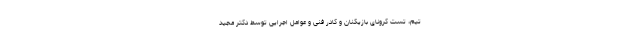
تیم، تست کرونای بازیکنان و کادر فنی و عوامل اجرایی توسط دکتر مجید